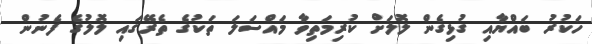
ހަކުރު ބައްޔާއި ގުޅިގެން ލޮލަށް ކުރިމަތިވާ މައްސަލަ ތަކުގެ ތެރޭގައި ލޮލުގެ ފެނުން